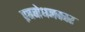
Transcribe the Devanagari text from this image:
प्रबबोधनकार